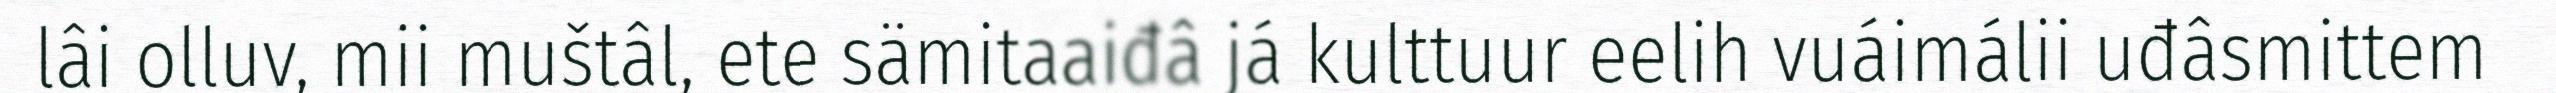
lâi olluv, mii muštâl, ete sämitaaiđâ já kulttuur eelih vuáimálii uđâsmittem